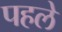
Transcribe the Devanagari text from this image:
पहले